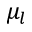
\mu _ { l }